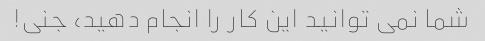
شما نمی توانید این کار را انجام دهید، جنی!